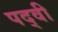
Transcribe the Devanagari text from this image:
पद्‍वी